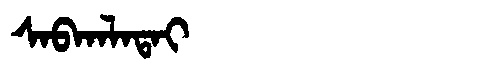
Manchu: ᠰᠠᠪᡴᠠᠯᠠᡨᠠᡳ
Romanization: SABKALATAI